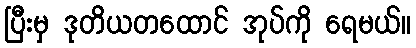
ပြီးမှ ဒုတိယတထောင် အုပ်ကို ရေမယ်။